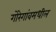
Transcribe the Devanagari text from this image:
गोरेगांवमधील